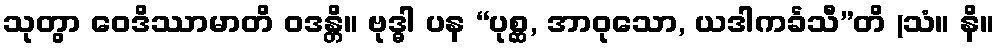
သုတွာ ဝေဒိဿာမာတိ ဝဒန္တိ။ ဗုဒ္ဓါ ပန “ပုစ္ဆ, အာဝုသော, ယဒါကင်္ခသီ”တိ (သံ။ နိ။